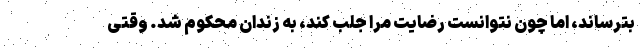
بترساند، اما چون نتوانست رضایت مرا جلب کند، به زندان محکوم شد. وقتی